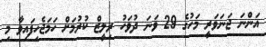
އަންނަ ޖަނަވަރީ މަހުގެ 29 ވަނަ ދުވަހު ރިލީޒް ކުރުމަށް ހަމަޖެހިފައިވާ މި